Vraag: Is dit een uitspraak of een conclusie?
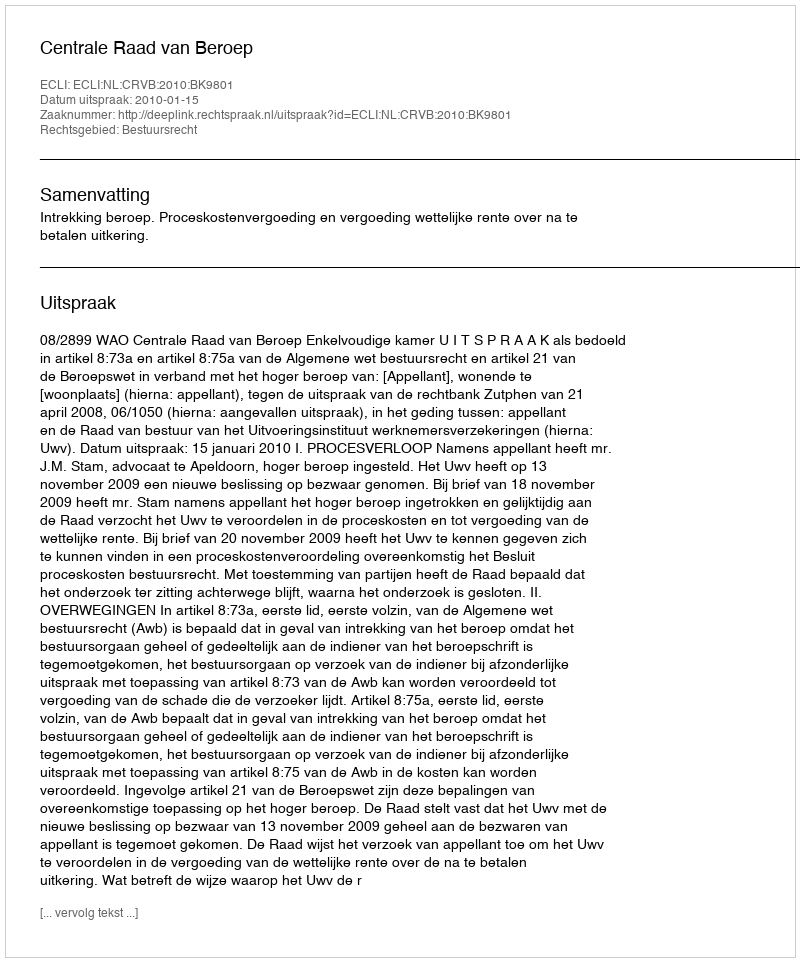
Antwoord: Uitspraak